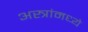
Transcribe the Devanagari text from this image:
अस्त्रांमध्ये